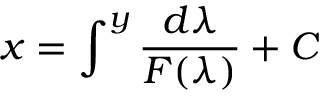
x = \int ^ { y } { \frac { d \lambda } { F ( \lambda ) } } + C \,